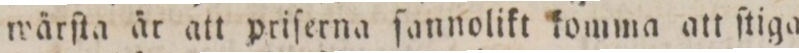
wärſta är att priſerna ſannolikt komma att ſtiga